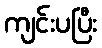
ကျင်းပပြီး